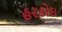
હરકોઇ